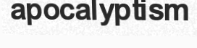
apocalyptism